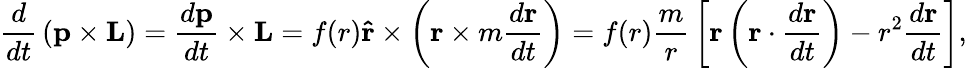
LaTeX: {\frac{d}{dt}}\left(\mathbf{p}\times\mathbf{L}\right)={\frac{d\mathbf{p}}{dt}}\times\mathbf{L}=f(r)\mathbf{\hat{r}}\times\left(\mathbf{r}\times m{\frac{d\mathbf{r}}{dt}}\right)=f(r){\frac{m}{r}}\left[\mathbf{r}\left(\mathbf{r}\cdot{\frac{d\mathbf{r}}{dt}}\right)-r^{2}{\frac{d\mathbf{r}}{dt}}\right],